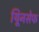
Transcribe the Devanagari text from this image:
यूिनसेफ